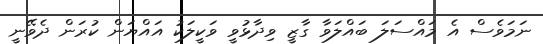
ނަމަވެސް އެ މައްސަލަ ބައްލަވާ ގާޒީ ވިދާޅުވީ ވަކީލަކު އައްޔަން ކުރަން ދެވޭނީ